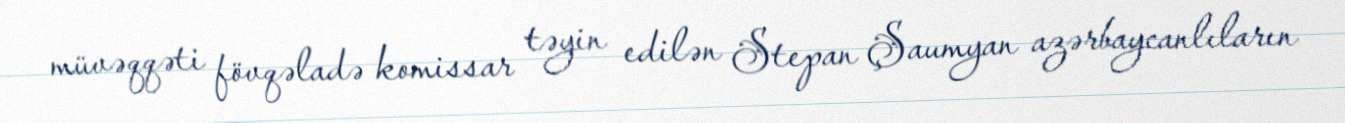
müvəqqəti fövqəladə komissar təyin edilən Stepan Şaumyan azərbaycanlıların